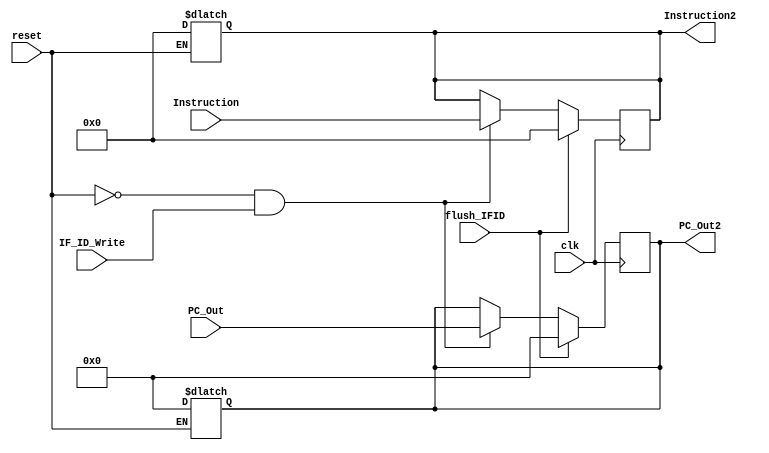
module IF_ID
(
   input [63:0] PC_Out,
   input [31:0] Instruction,
   input clk,
   input reset, IF_ID_Write, flush_IFID,
   output reg [63:0] PC_Out2,
   output reg [31:0] Instruction2
);

always@(reset)
begin
  if (reset == 1'b1)
    begin
    PC_Out2 <= 64'b0;
    Instruction2 <= 64'b0;
    end
  end
  

always@(posedge clk)
begin
  if (flush_IFID == 1'b1)
		begin
    		PC_Out2 <= 64'b0;
    		Instruction2 <= 64'b0;
		end
  else
  begin
  if (reset == 1'b0 & IF_ID_Write == 1'b1)
    begin
    PC_Out2 <= PC_Out;
    Instruction2 <= Instruction;
    end
  end
end

endmodule